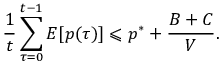
{ \frac { 1 } { t } } \sum _ { \tau = 0 } ^ { t - 1 } E [ p ( \tau ) ] \leqslant p ^ { * } + { \frac { B + C } { V } } .